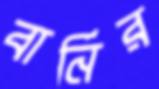
বার্নির